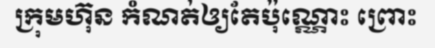
ក្រុមហ៊ុន កំណត់ឲ្យតែប៉ុណ្ណោះ ព្រោះ